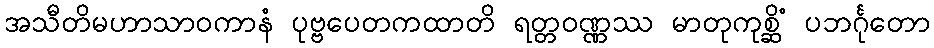
အသီတိမဟာသာဝကာနံ ပုဗ္ဗပေတကထာတိ ရတ္တဝဏ္ဏဿ မာတုကုစ္ဆိံ ပဘင်္ဂုတော